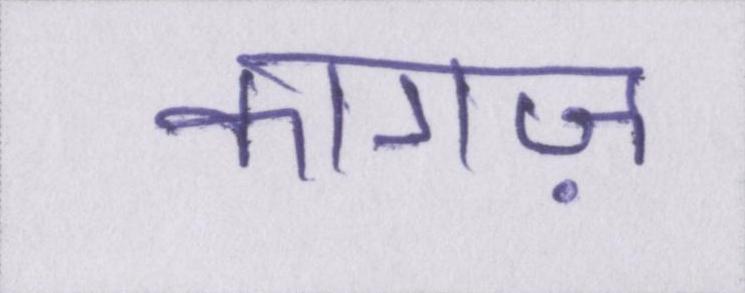
कागज़